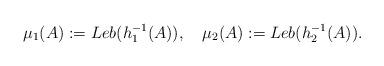
LaTeX: \begin{align*}\mu_1(A):=Leb(h_1^{-1}(A)), \quad\mu_2(A):=Leb(h_2^{-1}(A)).\end{align*}